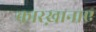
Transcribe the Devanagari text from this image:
कारख़ानाए